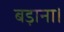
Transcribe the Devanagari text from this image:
बड़ाना।